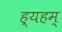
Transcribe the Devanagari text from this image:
ह्यहम्